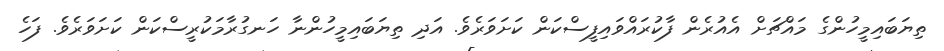
ތިޔަބައިމީހުންގެ މައްޗަށް އެއުރެން ފާކުރައްވައިފީސްކަން ކަށަވަރެވެ. އަދި ތިޔަބައިމީހުންނާ ހަނގުރާމަކުރީސްކަން ކަށަވަރެވެ. ފަހެ